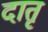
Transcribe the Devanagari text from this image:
दातृ